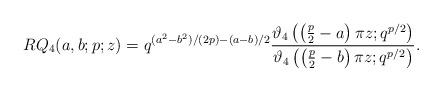
LaTeX: \begin{align*}RQ_4(a,b;p;z)=q^{(a^2-b^2)/(2p)-(a-b)/2}\frac{\vartheta_4\left(\left(\frac{p}{2}-a\right)\pi z;q^{p/2}\right)}{\vartheta_4\left(\left(\frac{p}{2}-b\right)\pi z;q^{p/2}\right)}.\end{align*}